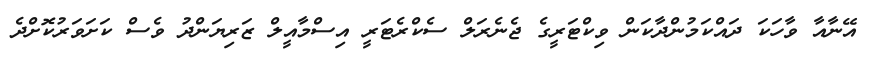
އޭނާއާ ވާހަކަ ދައްކަމުންދާކަން ވިކްޓަރީގެ ޖެނެރަލް ސެކްރެޓަރީ އިސްމާއީލް ޒަރިޔަންދު ވެސް ކަށަވަރުކޮށްދެ